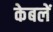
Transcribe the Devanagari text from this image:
केबलें